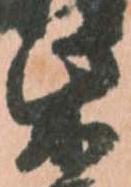
柴